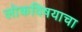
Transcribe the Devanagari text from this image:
लोकविषयाचा